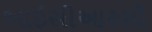
આઇસીઆરસી